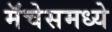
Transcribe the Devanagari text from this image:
मॅचेसमध्ये